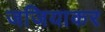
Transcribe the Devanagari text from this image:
जजियाकर